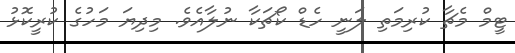
ޓީމް މެޗާ ކުރިމަތި ލަނީ ހެޑް ކޯޗަކާ ނުލާއެވެ. މިދިޔަ މަހުގެ ކުރީކޮޅު